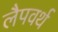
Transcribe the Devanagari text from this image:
लैपवर्थ